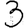
Digit: 3